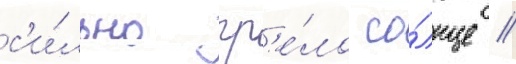
с'и́льно гр'е́ло со́лнце //